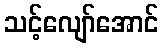
သင့်လျော်အောင်